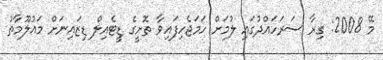
މޭ 2008: ގިރާ ސަރަހައްދުގައި ލުމަށް ހަމަޖެހިފައިވާ ތޮށީގެ ޑީޓެއިލް ޑިޒައިނަށް މައުލޫމާތު